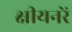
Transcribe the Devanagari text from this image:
क्षीयनरें